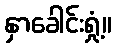
နှာခေါင်းရှုံ့။